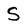
Character: S